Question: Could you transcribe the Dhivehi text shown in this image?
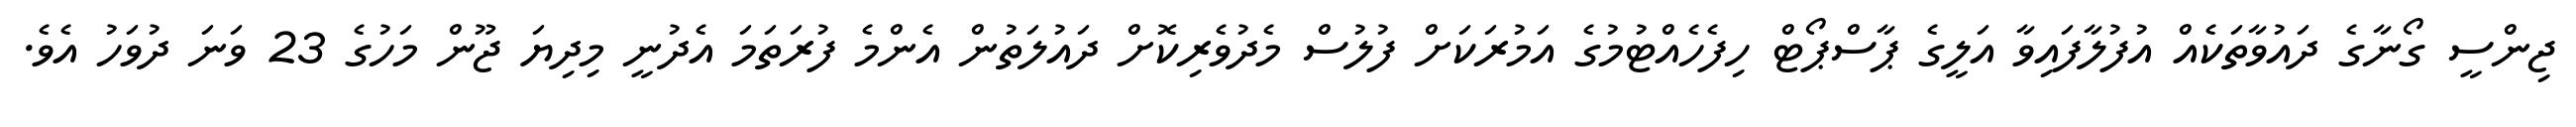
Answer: ޖިންސީ ގޯނާގެ ދައުވާތަކެއް އުފުލާފައިވާ އަލީގެ ޕާސްޕޯޓް ހިފެހެއްޓުމުގެ އަމުރަކަށް ފުލުސް މެދުވެރިކޮށް ދައުލަތުން އެންމެ ފުރަތަމަ އެދުނީ މިދިޔަ ޖޫން މަހުގެ 23 ވަނަ ދުވަހު އެވެ.